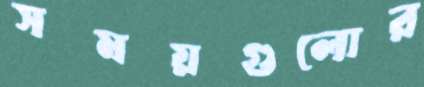
সময়গুলোর